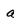
Character: a